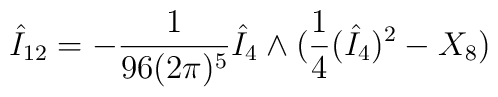
\hat{I}_{12} = - \frac{1}{96(2\pi)^5} \hat{I}_4 \wedge ( \frac{1}{4} (\hat{I}_4)^2 - X_8 )